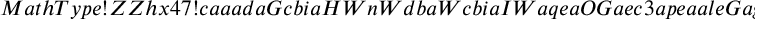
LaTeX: M a t h T y p e ! Z Z h x 4 7 ! c a a a d a G c b i a H W n W d b a W c b i a I W a q e a O G a e c 3 a p e a a l e G a g 2 c a r a G c c y